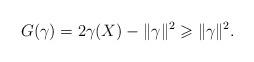
LaTeX: \begin{align*}G(\gamma)=2\gamma(X)-\|\gamma\|^2\geqslant\|\gamma\|^2.\end{align*}